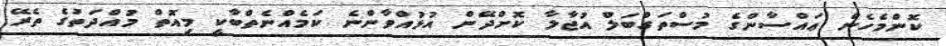
ކޮންމެހެން ޢައްސާންގެ މުސްތަގްބަލް އުޖާލާ ކޮށްދޭން އުޅުއްވާންނެ ކަމެއްނެތްބާކީ މިއޮތް މުއްދަތުގެ ތެރޭ